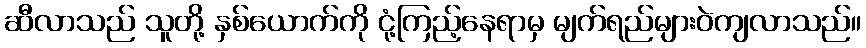
ဆီလာသည် သူတို့ နှစ်ယောက်ကို ငုံ့ကြည့်နေရာမှ မျက်ရည်များဝဲကျလာသည်။